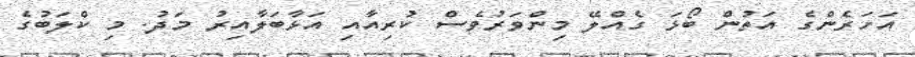
އަހަރެންގެ އަތުން ބޯޅަ ގެއްލޭ މިންވަރުވެސް ކުރިއާއި އަޅާބަލާއިރު މަދު. މި ކްލަބުގެ